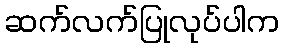
ဆက်လက်ပြုလုပ်ပါက